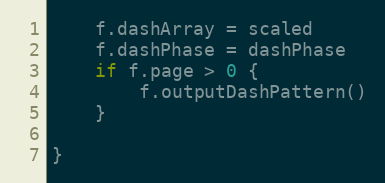
Language: Go
	f.dashArray = scaled
	f.dashPhase = dashPhase
	if f.page > 0 {
		f.outputDashPattern()
	}

}